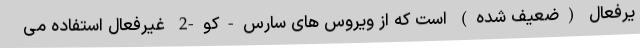
یرفعال (ضعیف شده) است که از ویروس های سارس-کو-2 غیرفعال استفاده می